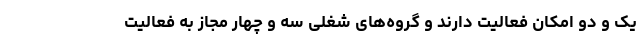
یک و دو امکان فعالیت دارند و گروه‌های شغلی سه و چهار مجاز به فعالیت